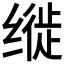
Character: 𫄳